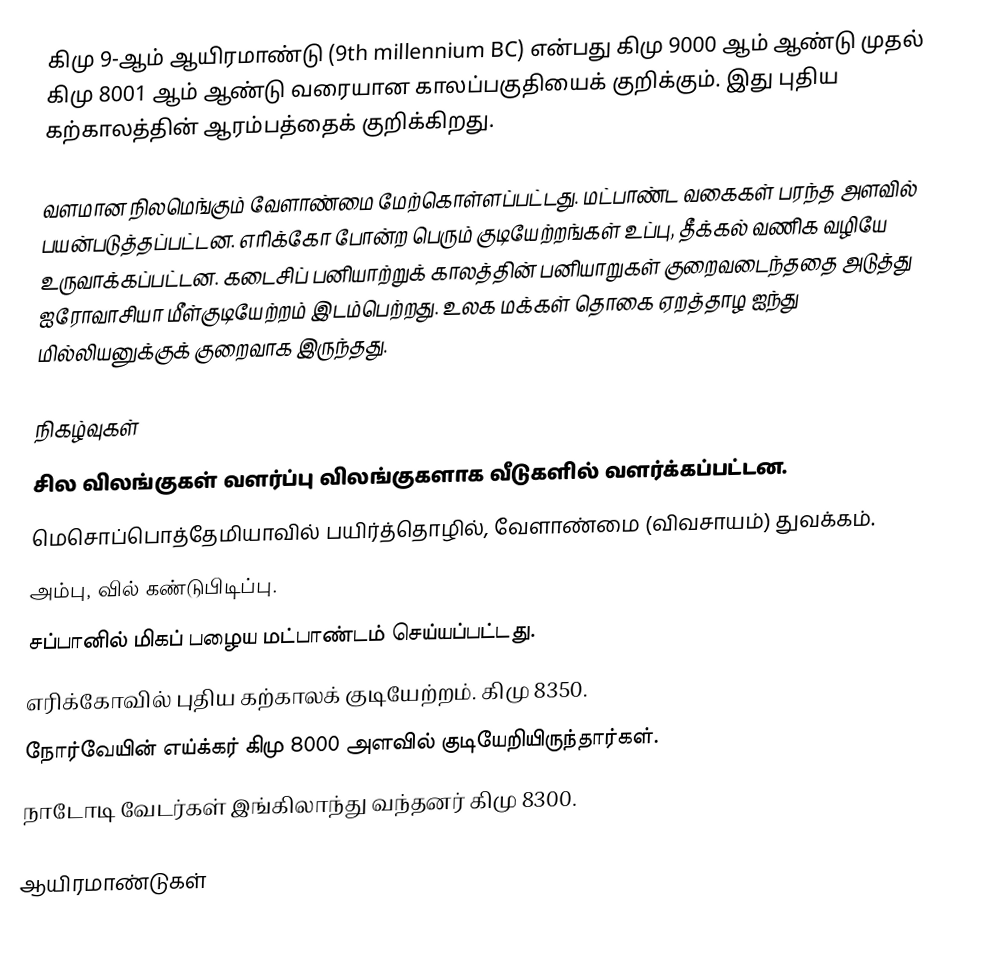
கிமு 9-ஆம் ஆயிரமாண்டு (9th millennium BC) என்பது கிமு 9000 ஆம் ஆண்டு முதல் கிமு 8001 ஆம் ஆண்டு வரையான காலப்பகுதியைக் குறிக்கும். இது புதிய கற்காலத்தின் ஆரம்பத்தைக் குறிக்கிறது.

வளமான நிலமெங்கும் வேளாண்மை மேற்கொள்ளப்பட்டது. மட்பாண்ட வகைகள் பரந்த அளவில் பயன்படுத்தப்பட்டன. எரிக்கோ போன்ற பெரும் குடியேற்றங்கள் உப்பு, தீக்கல் வணிக வழியே உருவாக்கப்பட்டன. கடைசிப் பனியாற்றுக் காலத்தின் பனியாறுகள் குறைவடைந்ததை அடுத்து ஐரோவாசியா மீள்குடியேற்றம் இடம்பெற்றது. உலக மக்கள் தொகை ஏறத்தாழ ஐந்து மில்லியனுக்குக் குறைவாக இருந்தது.

நிகழ்வுகள்
 சில விலங்குகள் வளர்ப்பு விலங்குகளாக வீடுகளில் வளர்க்கப்பட்டன.
 மெசொப்பொத்தேமியாவில் பயிர்த்தொழில், வேளாண்மை (விவசாயம்) துவக்கம்.
 அம்பு, வில் கண்டுபிடிப்பு.
 சப்பானில் மிகப் பழைய மட்பாண்டம் செய்யப்பட்டது.
 எரிக்கோவில் புதிய கற்காலக் குடியேற்றம். கிமு 8350.
 நோர்வேயின் எய்க்கர் கிமு 8000 அளவில் குடியேறியிருந்தார்கள்.
 நாடோடி வேடர்கள் இங்கிலாந்து வந்தனர் கிமு 8300.

ஆயிரமாண்டுகள்